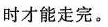
时才能走完。